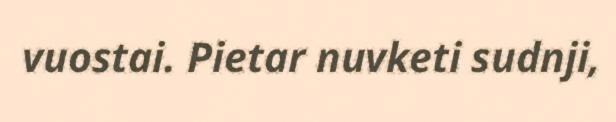
vuostai. Pietar nuvketi sudnji,